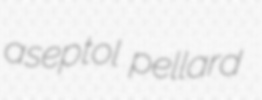
aseptol pellard